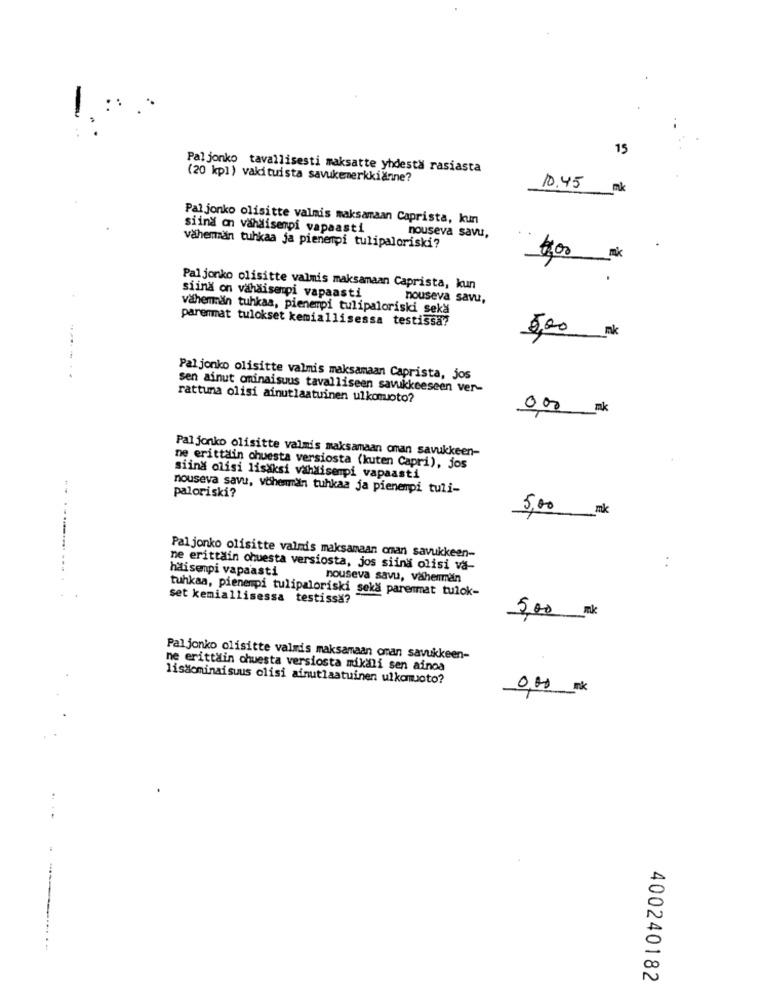
::
15
Pal jonko tavallisesti maksatte yhdesta rasiasta
(20 kp1) vakituista savukemerkkiänne?
10.45
mk
Pal jonko olisitte valmis maksamaan Caprista, kun
siind on vahdisempi vapaasti
nouseva savu,
vähemän tuhkaa ja pienempi tulipaloriski?
mk
Paljonko olisitte valmis maksamaan Caprista, kun
siing on vahaisempi vapaasti
nouseva savu,
vähemmän tuhkaa, pienempi tulipaloriski seka
parenmat tulokset kemiallisessa testissa?
nk
5,00
Pal jonko olisitte valmis maksamaan Caprista, jos
sen ainut oninaisuus tavalliseen savukkeeseen ver-
rattuna olisi ainutlaatuinen ulkomoto?
000 mk
Pal jonko olisitte valmis maksamaan oman savukkeen-
ne erittain chuesta versiosta (kuten Capri), jos
siind olisi lisaksi vähäisempi vapaasti
nouseva savu, vöhemman tuhkaa ja pienempi tuli-
paloriski?
5,00 mk
Pal jonko olisitte valmis maksamaan oman savukkeen-
:
ne erittain chuesta versiosta, jos siina olisi va-
haisenpi vapaasti
nouseva savu, väherman
tuhkaa, pienempi tulipaloriski seka parenmat tulok-
set kemiallisessa testissä?
5,00 mk
Pal jonko olisitte valmis maksamaan oman savukkeen-
ne erittain chuesta versiosta mikali sen ainoa
lisacminaisuus olisi ainutlaatuinen ulkomuoto?
0,00 mk
400240182